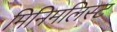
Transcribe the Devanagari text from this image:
मिनिमलिस्ट